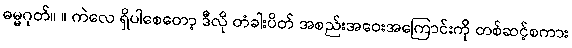
ဓမ္မဂုတ်။ ။ ကဲလေ ရှိပါစေတော့ ဒီလို တံခါးပိတ် အစည်းအဝေးအကြောင်းကို တစ်ဆင့်စကား